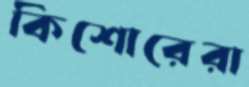
কিশোরেরা